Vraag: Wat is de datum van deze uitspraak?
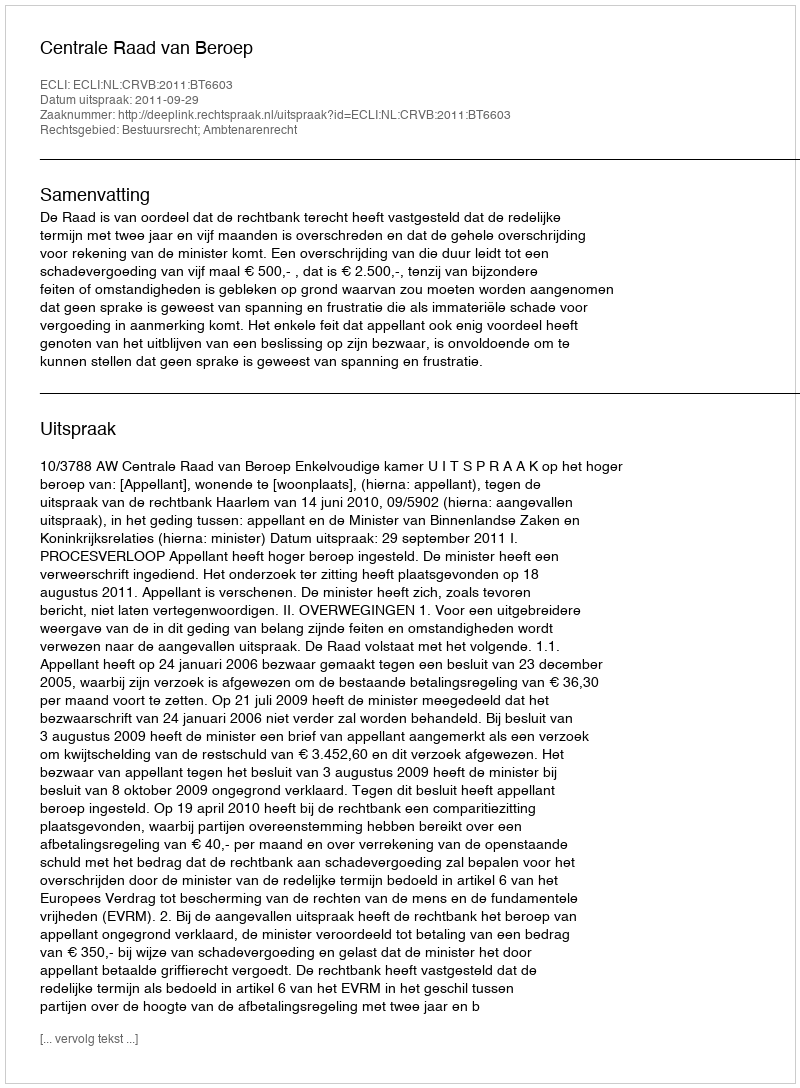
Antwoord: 2011-09-29